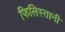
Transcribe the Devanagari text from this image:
फिलिस्तानी